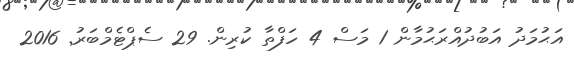
އަޙުމަދު އަބުދުއްރަޙުމާން 1 މަސް 4 ހަފްތާ ކުރިން. 29 ސެޕްޓެމްބަރު